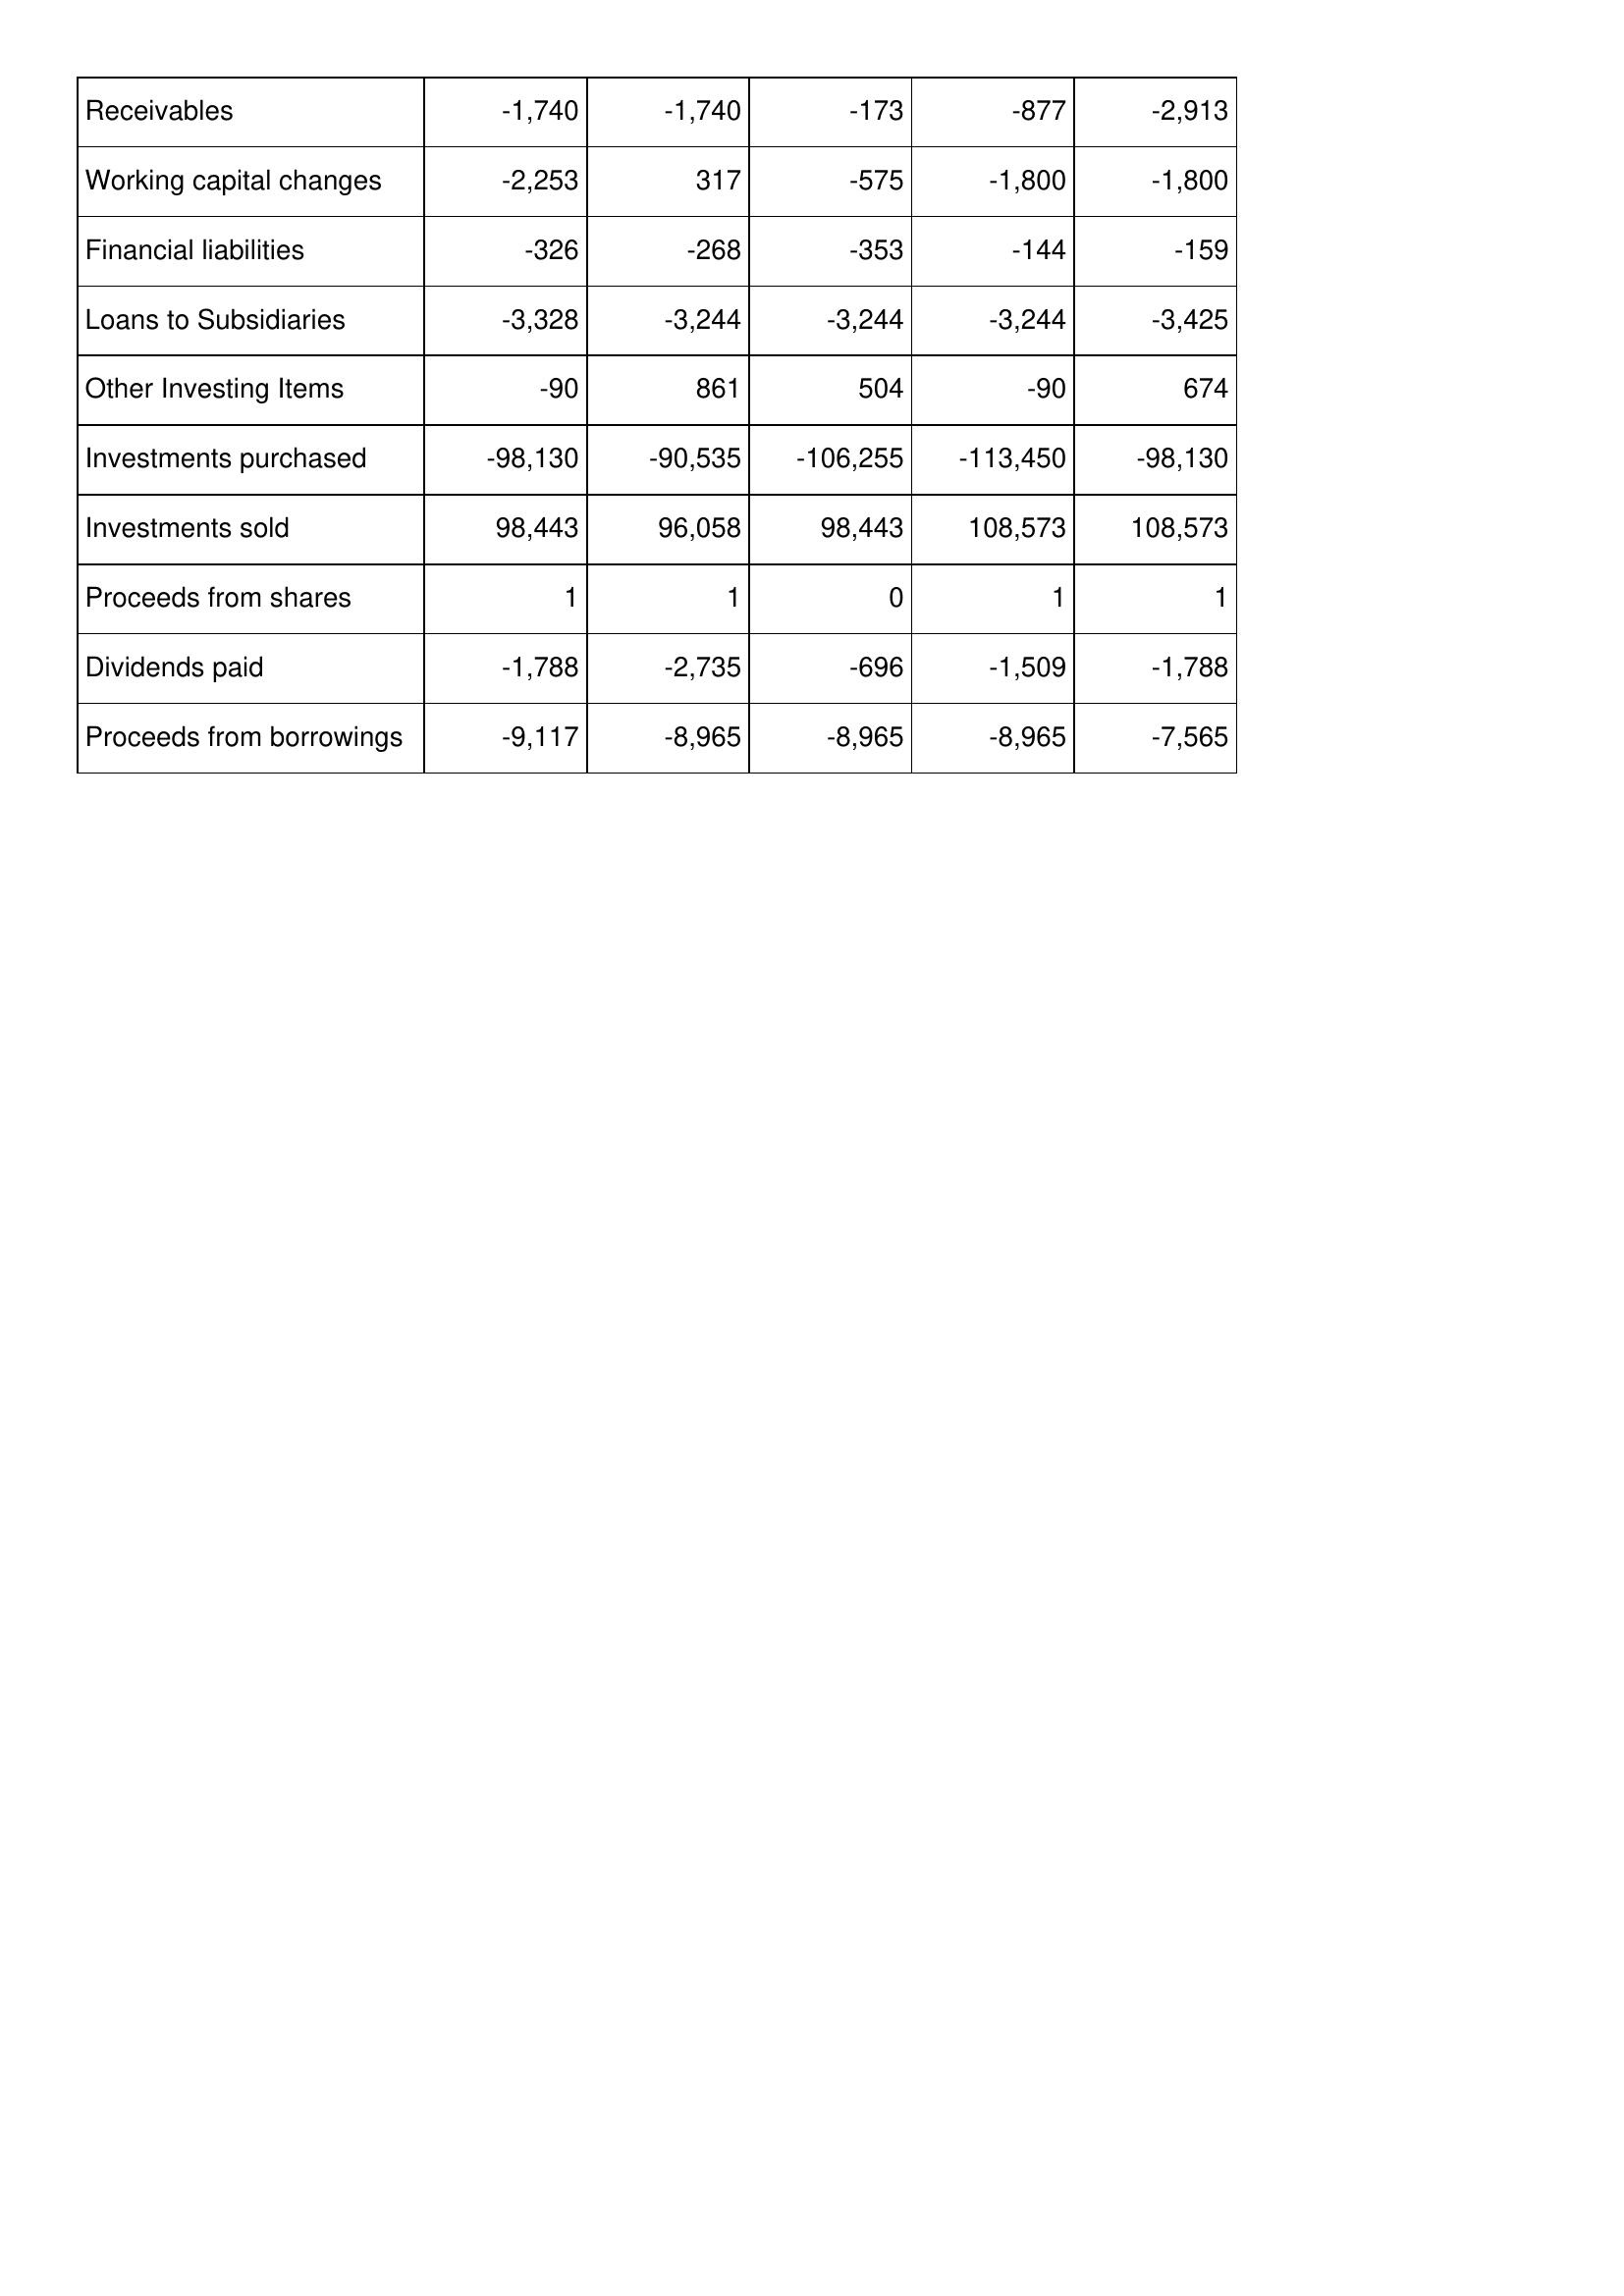
Mar-95: Cash Flows: Receivables: -1,740
Working capital changes: -2,253
Financial liabilities: -326
Loans to Subsidiaries: -3,328
Other Investing Items: -90
Investments purchased: -98,130
Investments sold: 98,443
Proceeds from shares: 1
Dividends paid: -1,788
Proceeds from borrowings: -9,117
Mar-94: Cash Flows: Receivables: -1,740
Working capital changes: 317
Financial liabilities: -268
Loans to Subsidiaries: -3,244
Other Investing Items: 861
Investments purchased: -90,535
Investments sold: 96,058
Proceeds from shares: 1
Dividends paid: -2,735
Proceeds from borrowings: -8,965
Mar-93: Cash Flows: Receivables: -173
Working capital changes: -575
Financial liabilities: -353
Loans to Subsidiaries: -3,244
Other Investing Items: 504
Investments purchased: -106,255
Investments sold: 98,443
Proceeds from shares: 0
Dividends paid: -696
Proceeds from borrowings: -8,965
Mar-92: Cash Flows: Receivables: -877
Working capital changes: -1,800
Financial liabilities: -144
Loans to Subsidiaries: -3,244
Other Investing Items: -90
Investments purchased: -113,450
Investments sold: 108,573
Proceeds from shares: 1
Dividends paid: -1,509
Proceeds from borrowings: -8,965
Mar-91: Cash Flows: Receivables: -2,913
Working capital changes: -1,800
Financial liabilities: -159
Loans to Subsidiaries: -3,425
Other Investing Items: 674
Investments purchased: -98,130
Investments sold: 108,573
Proceeds from shares: 1
Dividends paid: -1,788
Proceeds from borrowings: -7,565